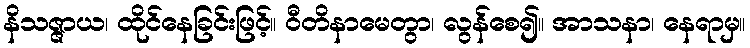
နိသဇ္ဇာယ၊ ထိုင်နေခြင်းဖြင့်။ ဝီတိနာမေတွာ၊ လွန်စေ၍။ အာသနာ၊ နေရာမှ။